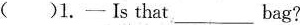
( )1. - Is that_ bag?